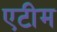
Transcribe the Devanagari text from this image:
एटीम